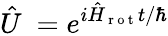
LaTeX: \hat{U}~=e^{i\hat{H}_{\mathrm{~r~o~t~}}t/\hbar}